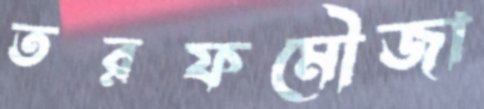
তরফমৌজা